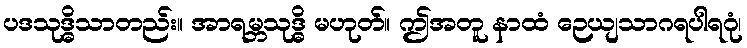
ပဒသုဒ္ဓိသာတည်း။ အာရမ္ဘသုဒ္ဓိ မဟုတ်။ ဤအတူ နာထံ ဉေယျသာဂရပါရဂုံ၊